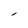
Character: l